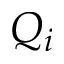
Q _ { i }